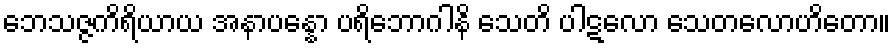
ဘေသဇ္ဇကိရိယာယ အနာပန္နော ပရိဘောဂါနိ သေတိ ပါဋလော သေတလောဟိတော။